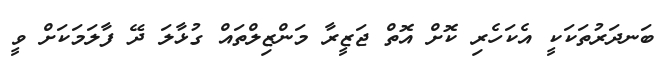
ބަނދަރުތަކަކީ އެކަހެރި ކޮށް އޮތް ޖަޒީރާ މަންޒިލްތައް ގުޅާލަ ދޭ ފާލަމަކަށް ވީ